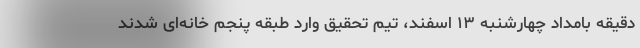
دقیقه بامداد چهارشنبه ۱۳ اسفند، تیم تحقیق وارد طبقه پنجم خانه‌ای شدند